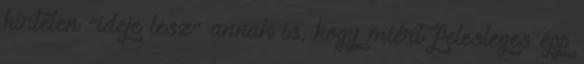
hirtelen “ideje lesz” annak is, hogy miért felesleges épp